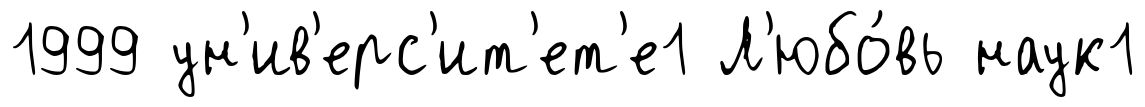
1999 ун'ив'ерс'ит'ет'е1 Л'юбо́вь наук1